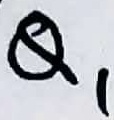
Text: Q1